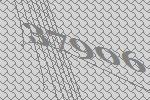
37906